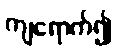
ကျရောက်၍